Indian journal of veterinary science and animal husbandry - Volume 11,
Year: 1941
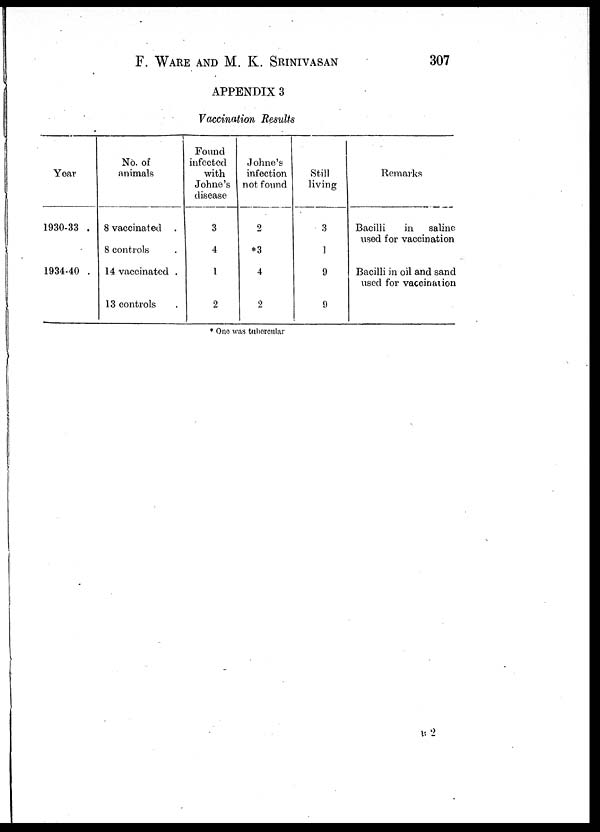
F. WARE AND M. K. SRINIVASAN 307
APPENDIX 3
Vaccination Results
Year
1930-33 .
1934-40 .
No. of
animals
8 vaccinated .
8 controls .
14 vaccinated .
13 controls .
Found
infected
with
Johne's
disease
3
4
1
2
Johne's
infection
not found
2
*3
4
2
Still
living
3
1
9
9
Remarks
Bacilli
in
saline
used for vaccination
Bacilli in oil and sand
used for vaccination
* One was tubercular